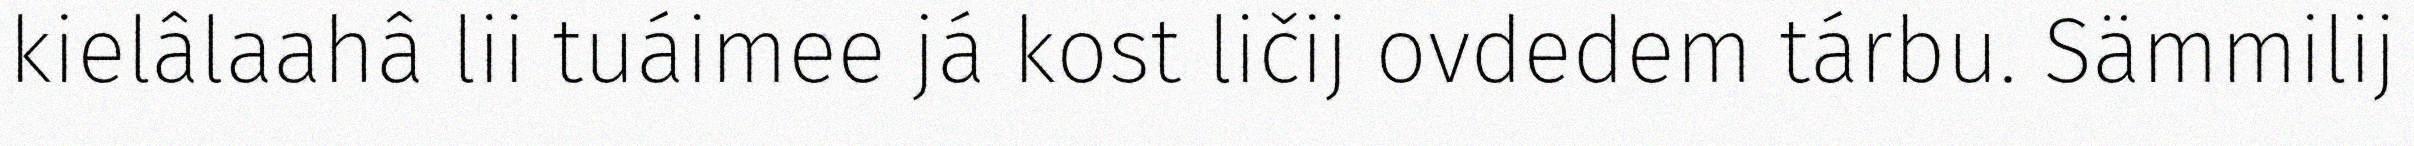
kielâlaahâ lii tuáimee já kost ličij ovdedem tárbu. Sämmilij